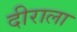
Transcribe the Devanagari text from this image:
दीराला